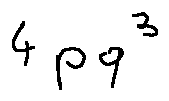
4 p q ^ { 3 }